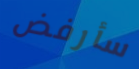
سأرفض